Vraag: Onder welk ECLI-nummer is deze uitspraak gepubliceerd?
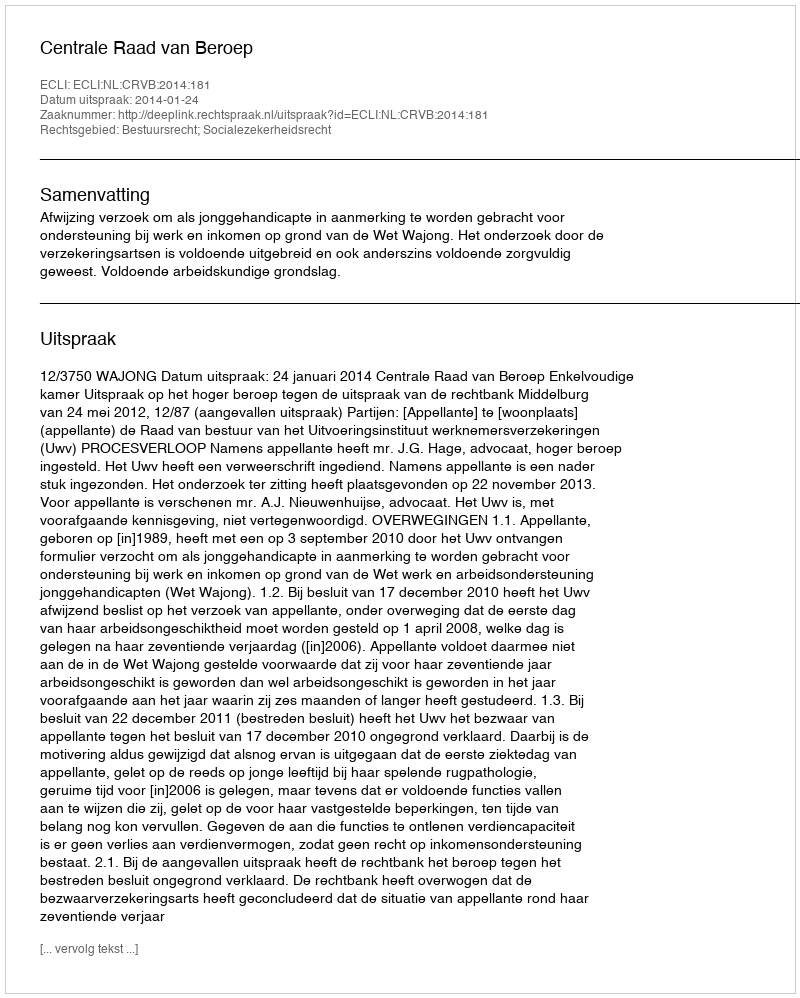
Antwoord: ECLI:NL:CRVB:2014:181